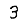
Digit: 3